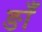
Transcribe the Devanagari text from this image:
ङाँ